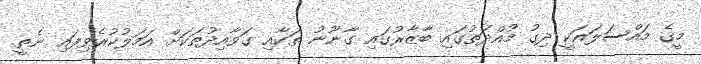
މީގެ މައްސަލައަކީ ދިގު މުއްދަތުގައި ބާޒާރުގައި ގާނޫނު ތަކާއި ގަވާއިދުތަކަށް އަމަލުކުރެވިފައި ނެތީ.